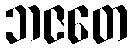
ဘဇတေ